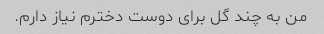
من به چند گل برای دوست دخترم نیاز دارم.